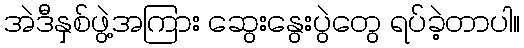
အဲဒီနှစ်ဖွဲ့အကြား ဆွေးနွေးပွဲတွေ ရပ်ခဲ့တာပါ။